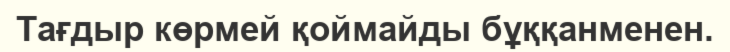
Тағдыр көрмей қоймайды бұққанменен.